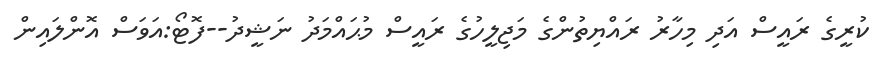
ކުރީގެ ރައީސް އަދި މިހާރު ރައްޔިތުންގެ މަޖިލީހުގެ ރައީސް މުޙައްމަދު ނަޝީދު--ފޮޓޯ:އަވަސް އޮންލައިން